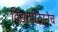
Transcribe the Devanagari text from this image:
विद्यापीठानेच